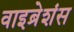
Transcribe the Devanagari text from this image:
वाइब्रेशंस